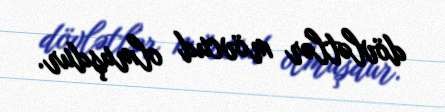
dövlətlər mövcud olmuşdur.